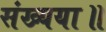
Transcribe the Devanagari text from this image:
संख्यया॥